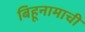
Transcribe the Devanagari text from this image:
बिहूनामाची